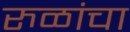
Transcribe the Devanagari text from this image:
रुळांचा